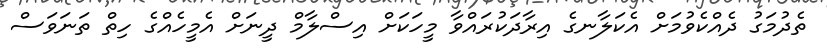
ތެދުމަގު ދެއްކެވުމަށް އެކަލާނގެ އިރާދަކުރައްވާ މީހަކަށް އިސްލާމް ދީނަށް އެމީހެއްގެ ހިތް ތަނަވަސް